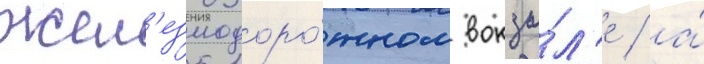
жел'езнодоро́жном вокза́л'е / а́